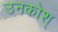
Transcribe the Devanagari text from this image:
उनकोश्